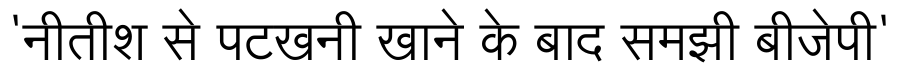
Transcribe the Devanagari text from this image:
'नीतीश से पटखनी खाने के बाद समझी बीजेपी'